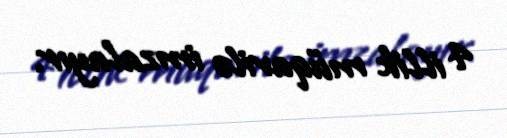
4 illik müqavilə imzalayır.